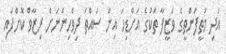
އަދި މަތީފަންތީގެ ވަޒީފާ ތަކުގެ އަށްޑިހަ އިން ސައްތަ ދިވެހިންނަށް ރިޒާވް ކޮށްފައި